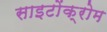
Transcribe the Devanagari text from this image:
साइटोंक्रोम